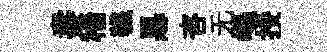
夀穡韈惡咨无嶇挼